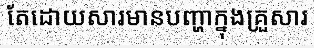
តែដោយសារមានបញ្ហាក្នុងគ្រួសារ